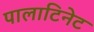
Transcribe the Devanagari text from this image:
पालाटिनेट